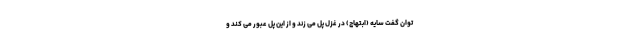
توان گفت سایه (ابتهاج) در غزل پل می زند و از این پل عبور می کند و